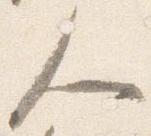
人